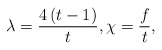
\begin{align*}\lambda =\frac{4\left( t-1\right) }{t},\chi =\frac{f}{t},\end{align*}